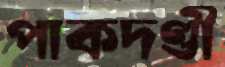
পাকদণ্ডী